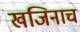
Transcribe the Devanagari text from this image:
खजिनाच